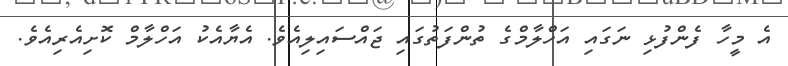
އެ މީހާ ފެންފުޅި ނަގައި އަހްލާމްގެ ތުންފަތުގައި ޖައްސައިލިއެވެ. އެޔާއެކު އަހްލާމް ކޮށިއެރިއެވެ.